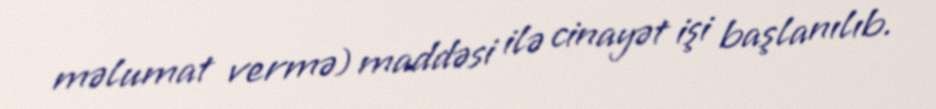
məlumat vermə) maddəsi ilə cinayət işi başlanılıb.